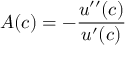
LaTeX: A ( c ) = - { \frac { u ^ { \prime \prime } ( c ) } { u ^ { \prime } ( c ) } }